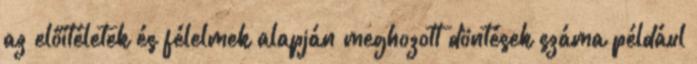
az előítéletek és félelmek alapján meghozott döntések száma például